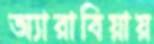
অ্যারাবিয়ায়